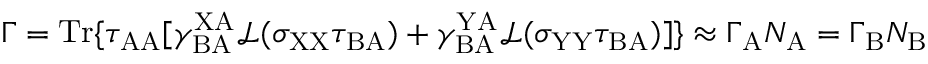
\Gamma = \mathrm { T r } \{ \tau _ { \mathrm { A A } } [ \gamma _ { \mathrm { B A } } ^ { \mathrm { X A } } \mathcal { L } ( \sigma _ { \mathrm { X X } } \tau _ { \mathrm { B A } } ) + \gamma _ { \mathrm { B A } } ^ { \mathrm { Y A } } \mathcal { L } ( \sigma _ { \mathrm { Y Y } } \tau _ { \mathrm { B A } } ) ] \} \approx \Gamma _ { \mathrm { A } } N _ { \mathrm { A } } = \Gamma _ { \mathrm { B } } N _ { \mathrm { B } }